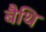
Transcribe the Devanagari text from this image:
बैथि